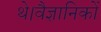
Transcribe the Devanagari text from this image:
थे।वैज्ञानिकों